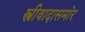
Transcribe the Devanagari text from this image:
स्त्रीवादासमोर